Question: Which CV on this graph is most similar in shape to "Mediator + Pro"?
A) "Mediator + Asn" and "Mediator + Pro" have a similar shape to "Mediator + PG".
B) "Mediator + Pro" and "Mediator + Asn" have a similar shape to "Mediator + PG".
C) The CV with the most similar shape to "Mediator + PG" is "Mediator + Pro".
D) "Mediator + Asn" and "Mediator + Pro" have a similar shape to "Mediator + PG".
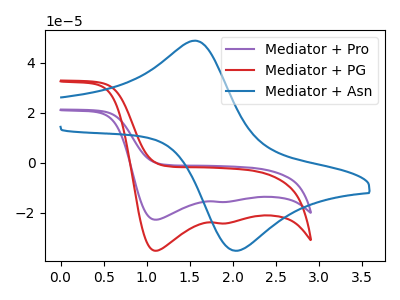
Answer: <think>The purple curve "Mediator + Pro" has cathodic peaks at (1.10V, -22.70uA) (1.85V, -15.65uA). The red curve "Mediator + PG" has cathodic peaks at (1.10V, -35.10uA) (1.85V, -24.20uA). The blue curve "Mediator + Asn" has an anodic peak at (1.55V, 48.70uA) and a cathodic peak at (2.05V, -35.05uA).
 All the peaks in "Mediator + Pro" have a peak in "Mediator + PG" at the same potential. Every peak in "Mediator + Pro" is lower than every peak in "Mediator + PG". "Mediator + Pro" and "Mediator + Asn" have at least one peak that do not match. "Mediator + PG" and "Mediator + Asn" have at least one peak that do not match.</think>
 <answer>C) The CV with the most similar shape to "Mediator + PG" is "Mediator + Pro".</answer>
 <eval>C</eval>